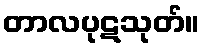
တာလပုဋသုတ်။